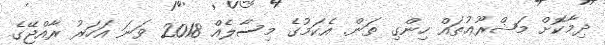
ދިމާކޮށް މަޝްރޫޢުތައް ހިންގި ތަން. އެކަމުގެ މިސާލެއް 2018 ވަނަ އަހަރު ރާއްޖޭގެ